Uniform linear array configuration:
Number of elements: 48
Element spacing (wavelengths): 0.5
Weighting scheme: uniform
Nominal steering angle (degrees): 30
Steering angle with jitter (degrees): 30.065
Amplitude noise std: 0.05
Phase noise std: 0.05

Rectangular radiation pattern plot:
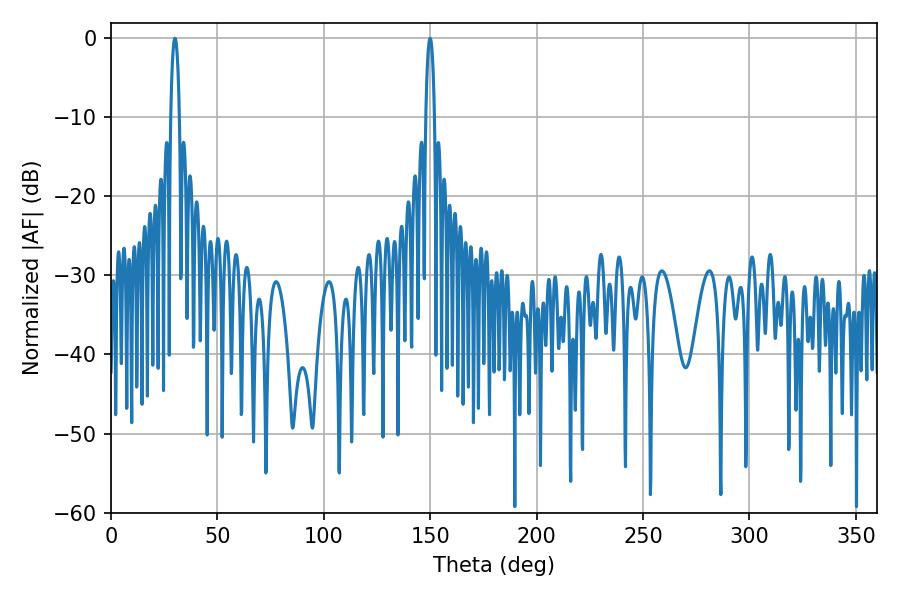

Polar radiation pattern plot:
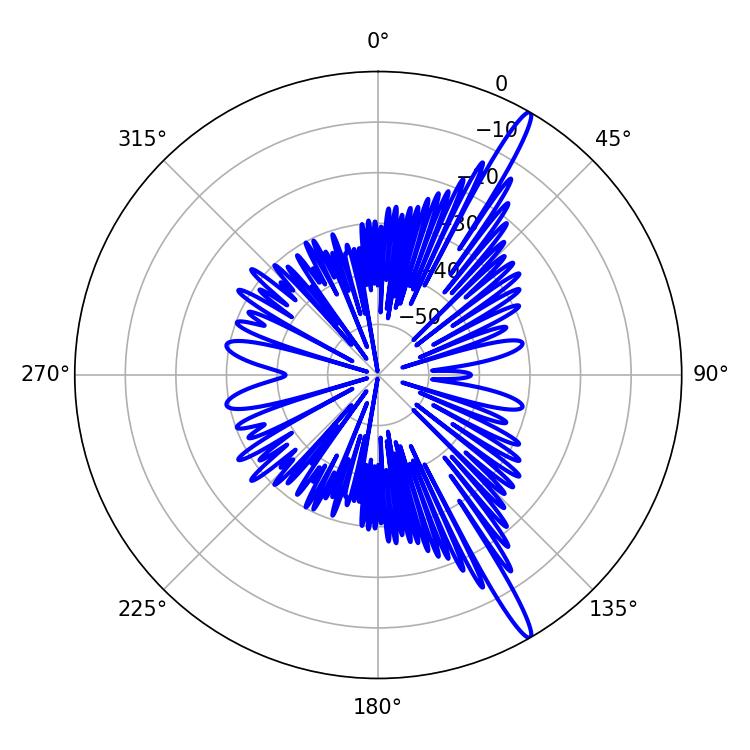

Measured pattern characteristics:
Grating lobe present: FALSE
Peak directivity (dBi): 16.256
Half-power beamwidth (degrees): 2.16
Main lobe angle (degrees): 30.06